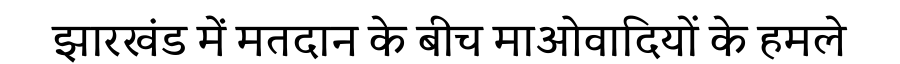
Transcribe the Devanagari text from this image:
झारखंड में मतदान के बीच माओवादियों के हमले